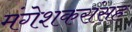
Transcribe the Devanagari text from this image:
मंगेशकरांसह